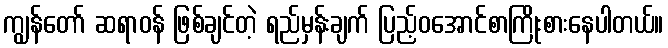
ကျွန်တော် ဆရာဝန် ဖြစ်ချင်တဲ့ ရည်မှန်းချက် ပြည့်ဝအောင်စာကြိုးစားနေပါတယ်။